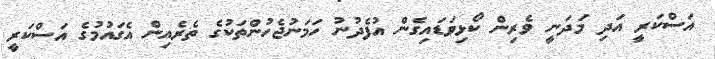
އަސްކަރީ އަދި މަދަނީ ވެރިން ކޯޅިވަޑައިގެން އުފެދުނު ހަމަނުޖެހުންތަކުގެ ތެރެއިން އެގައުމުގެ އަސްކަރީ